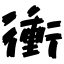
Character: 衝